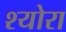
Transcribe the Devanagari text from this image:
श्योरा